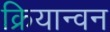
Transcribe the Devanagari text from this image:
क्रियान्‍वन